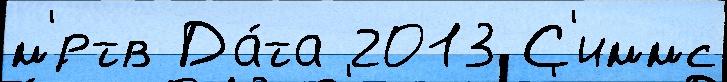
м'́ртв Да́та 2013 С'иммс